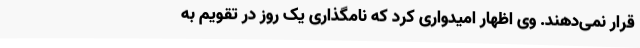
قرار نمی‌دهند. وی اظهار امیدواری کرد که نامگذاری یک روز در تقویم به